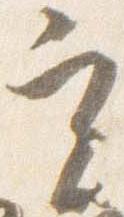
実